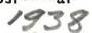
1938